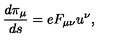
\frac { d \pi _ { \mu } } { d s } = e F _ { \mu \nu } u ^ { \nu } ,